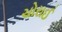
ચોરાઈ